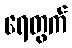
ရေတွက်